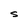
Character: S